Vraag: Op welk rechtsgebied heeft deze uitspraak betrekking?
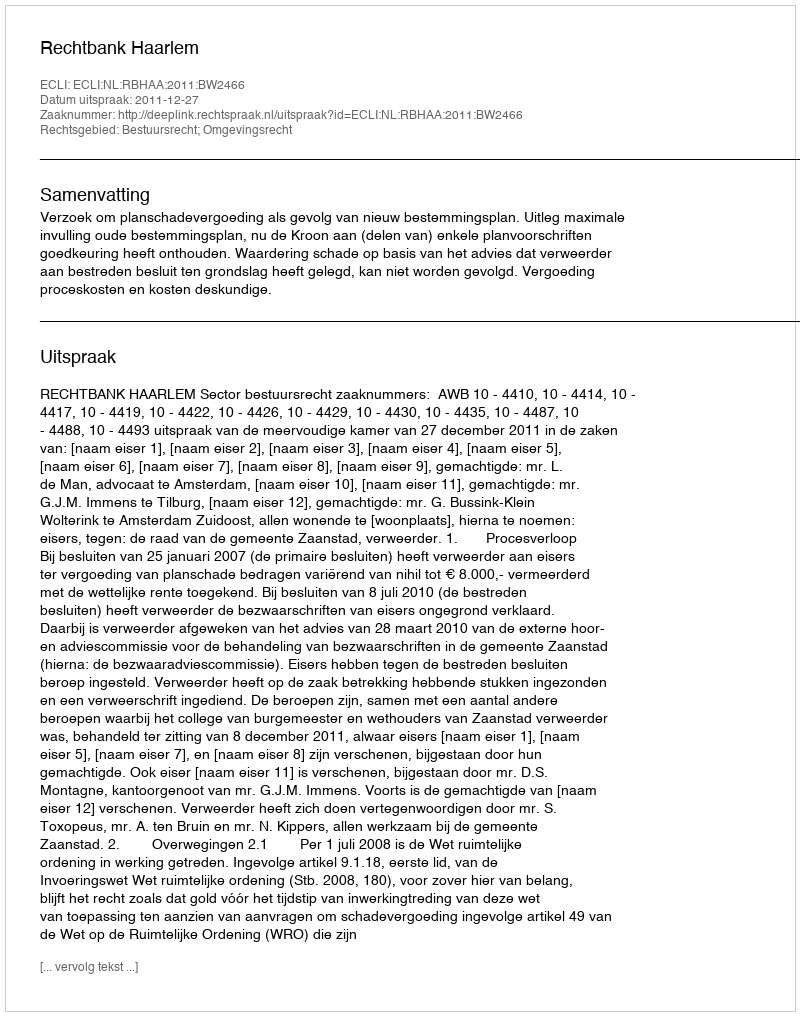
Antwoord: Bestuursrecht; Omgevingsrecht